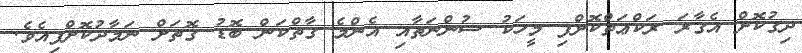
ދިގުކޮށް އެގާރަ ރަކްޢަތްކޮށްފި މީހަކު ސުންނަތާއި އެންމެ ގާތްކަން ބޮޑު ގޮތަށް ނަމާދުކޮށްފިއެވެ.